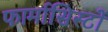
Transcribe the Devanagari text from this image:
फार्मासिस्टों